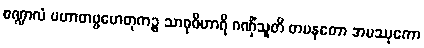
စဏ္ဍာလံ ပဟာတဗ္ဗဟေတုကဉ္စ သာဓုဝိဟာရိ ဂဏှိံသူတိ တပနတော အမဿုကော